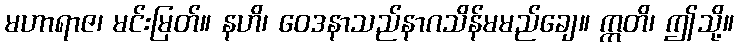
မဟာရာဇ၊ မင်းမြတ်။ နဟိ၊ ဝေဒနာသည်နာဂသိန်မမည်ချေ။ ဣတိ၊ ဤသို့။